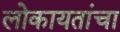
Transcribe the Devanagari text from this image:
लोकायतांचा